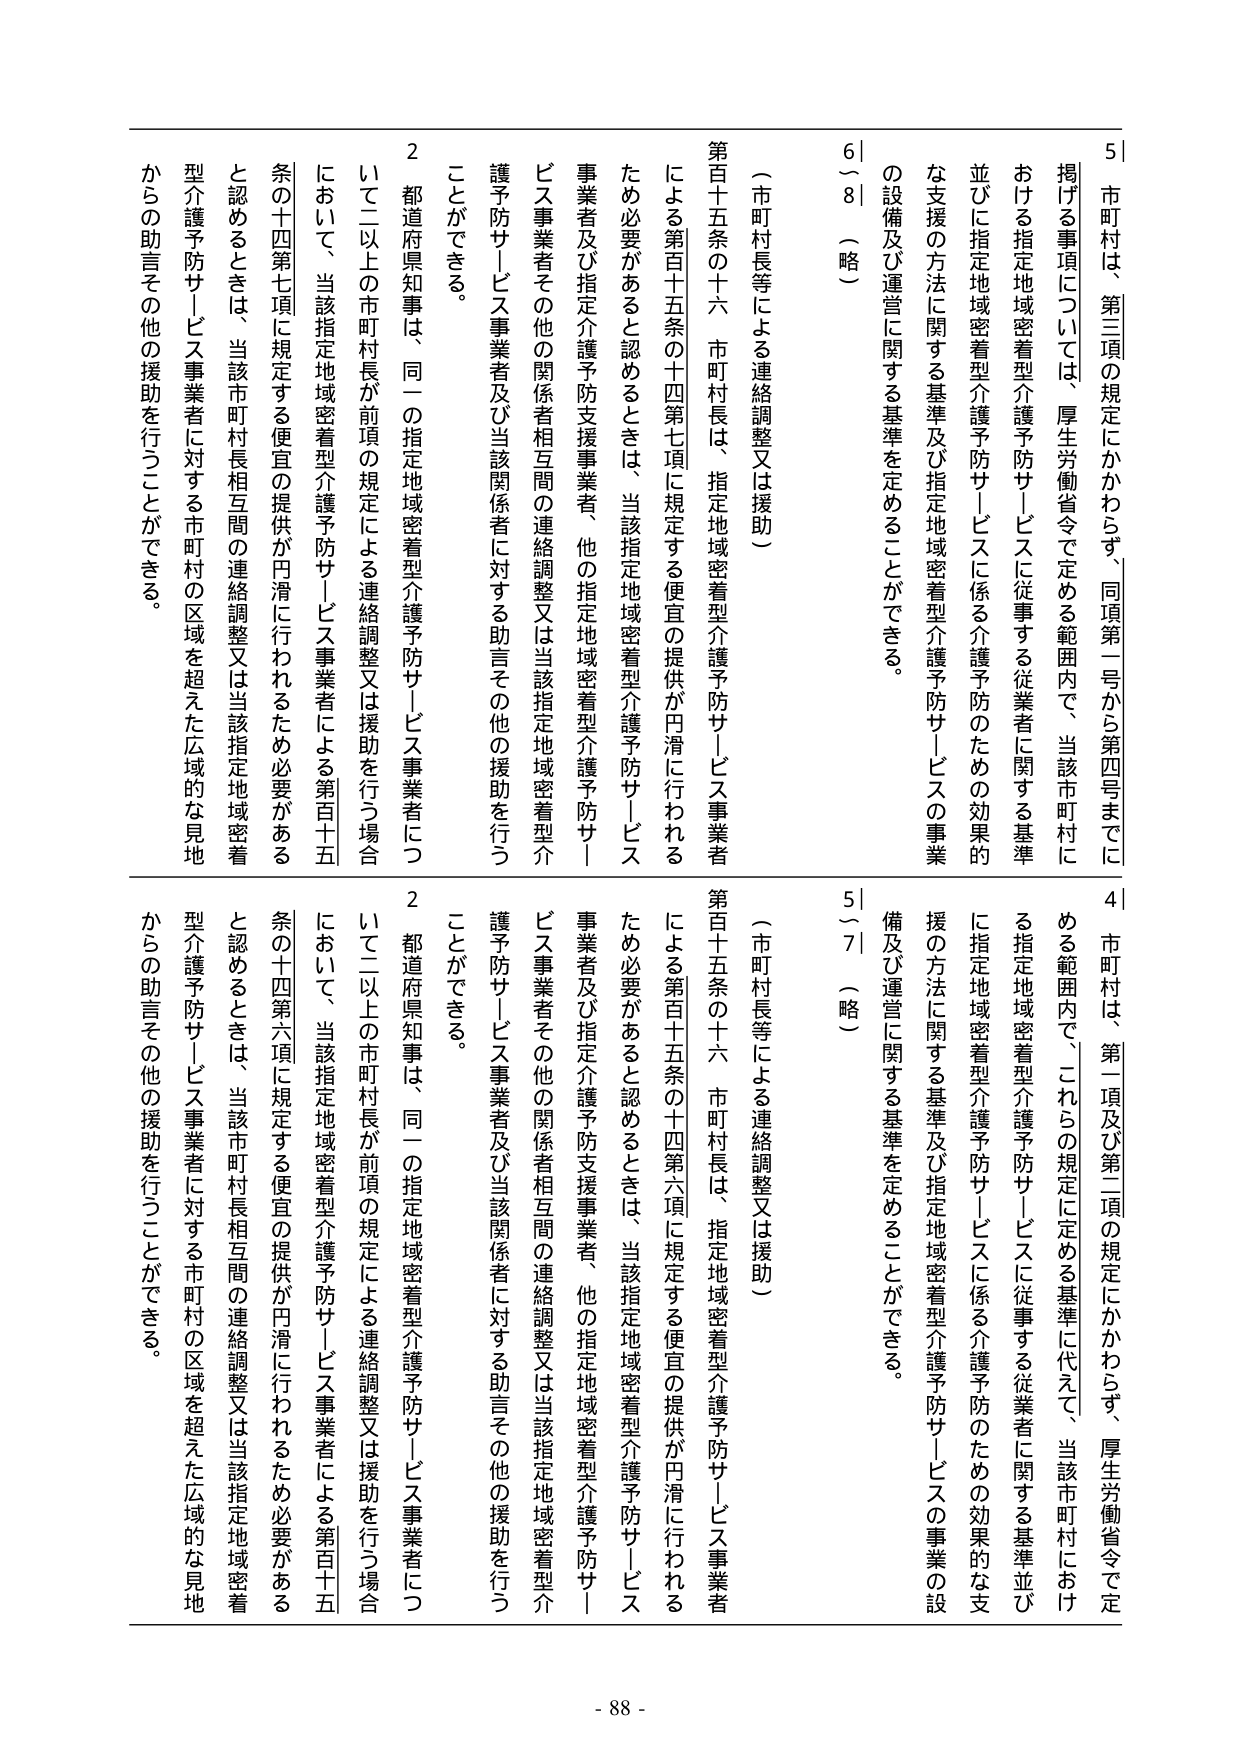
5｜市町村は、第三項の規定にかかわらず、同項第一号から第四号までに
掲げる事項については、厚生労働省令で定める範囲内で、当該市町村に
おける指定地域密着型介護予防サービスに従事する従業者に関する基準
並びに指定地域密着型介護予防サービスに係る介護予防のための効果的
な支援の方法に関する基準及び指定地域密着型介護予防サービスの事業
の設備及び運営に関する基準を定めることができる。
6｜8｜（略）
（市町村長等による連絡調整又は援助）
第百十五条の十六 市町村長は、指定地域密着型介護予防サービス事業者
による第百十五条の十四第七項に規定する便宜の提供が円滑に行われる
ため必要があると認めるときは、当該指定地域密着型介護予防サービス
事業者及び指定介護予防支援事業者、他の指定地域密着型介護予防サー
ビス事業者その他の関係者相互間の連絡調整又は当該指定地域密着型介
護予防サービス事業者及び当該関係者に対する助言その他の援助を行う
ことができる。
2 都道府県知事は、同一の指定地域密着型介護予防サービス事業者につ
いて二以上の市町村長が前項の規定による連絡調整又は援助を行う場合
において、当該指定地域密着型介護予防サービス事業者による第百十五
条の十四第七項に規定する便宜の提供が円滑に行われるため必要がある
と認めるときは、当該市町村長相互間の連絡調整又は当該指定地域密着
型介護予防サービス事業者に対する市町村の区域を超えた広域的な見地
からの助言その他の援助を行うことができる。

4｜市町村は、第一項及び第二項の規定にかかわらず、厚生労働省令で定
める範囲内で、これらの規定に定める基準に代えて、当該市町村におけ
る指定地域密着型介護予防サービスに従事する従業者に関する基準並び
に指定地域密着型介護予防サービスに係る介護予防のための効果的な支
援の方法に関する基準及び指定地域密着型介護予防サービスの事業の設
備及び運営に関する基準を定めることができる。
5｜7｜（略）
（市町村長等による連絡調整又は援助）
第百十五条の十六 市町村長は、指定地域密着型介護予防サービス事業者
による第百十五条の十四第六項に規定する便宜の提供が円滑に行われる
ため必要があると認めるときは、当該指定地域密着型介護予防サービス
事業者及び指定介護予防支援事業者、他の指定地域密着型介護予防サー
ビス事業者その他の関係者相互間の連絡調整又は当該指定地域密着型介
護予防サービス事業者及び当該関係者に対する助言その他の援助を行う
ことができる。
2 都道府県知事は、同一の指定地域密着型介護予防サービス事業者につ
いて二以上の市町村長が前項の規定による連絡調整又は援助を行う場合
において、当該指定地域密着型介護予防サービス事業者による第百十五
条の十四第六項に規定する便宜の提供が円滑に行われるため必要がある
と認めるときは、当該市町村長相互間の連絡調整又は当該指定地域密着
型介護予防サービス事業者に対する市町村の区域を超えた広域的な見地
からの助言その他の援助を行うことができる。

- 88 -